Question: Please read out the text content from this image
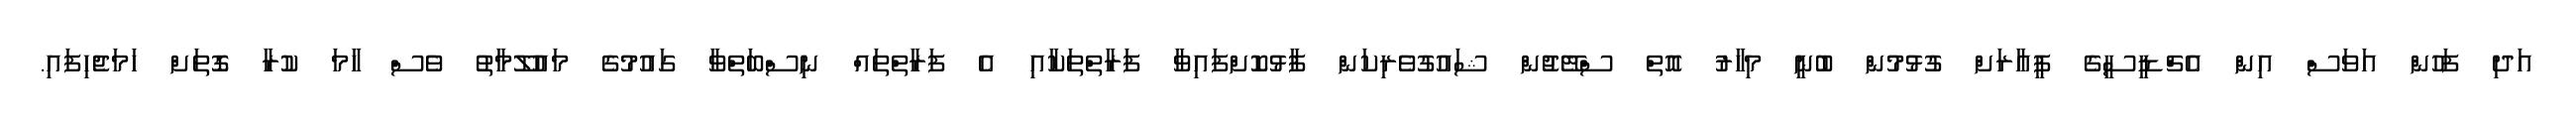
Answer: އަދި ފަހުން އަވަސް އިން އެޗްޑީސީގެ ޕީއާރަށް ގުޅުމުން ބުނީ މިހާރު އޮތް ސްޓޭޖުން ޝައުގުވެރިކަން ފާޅުކޮށްފައިވާ ފަރާތްތަކާއި އެ ފަރާތްތައް ނިސްބަތްވާ ގައުމުގެ މައުލޫމާތު ވެސް ހާމަ ކުރާ ގޮތަށް ހަމަޖެހިފައި.